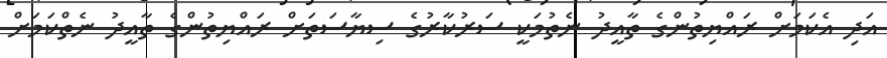
އަދި އެކަމަށް ރައްޔިތުންގެ ތާއީދު ނެތުމަކީ ސަރުކާރުގެ ސިޔާސަތަށް ރައްޔިތުންގެ ތާއީދު ނެތްކަމަށް